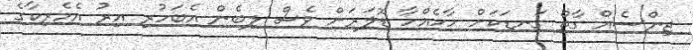
ޖިންސެއް ގާތް ގަނޑަކަށް ހާހެއްހާ ޑޮލަރަށް ވެސް ލިބެން އެބަހުރި އިރު އެމެރިކާގެ